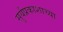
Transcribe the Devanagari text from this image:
सुर्यप्रकाशाच्या